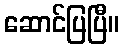
ဆောင်ပြပြီ။